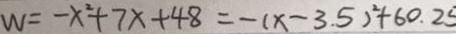
W = - x ^ { 2 } + 7 x + 4 8 = - ( x - 3 . 5 ) ^ { 2 } + 6 0 . 2 5